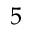
5